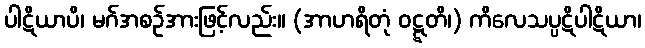
ပါဋိယာပိ၊ မဂ်အစဉ်အားဖြင့်လည်း။ (အာဟရိတုံ ဝဋ္ဋတိ၊) ကိလေသပ္ပဋိပါဋိယာ၊